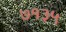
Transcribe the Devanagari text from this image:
७१३५